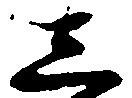
し